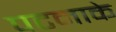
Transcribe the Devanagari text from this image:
पटनाके